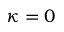
\kappa = 0